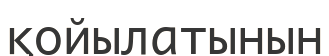
қойылатынын